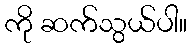
ကို ဆက်သွယ်ပါ။